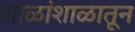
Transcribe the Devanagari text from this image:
शाळांशाळातून